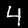
Label: 4